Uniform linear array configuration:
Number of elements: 48
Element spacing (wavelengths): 0.5
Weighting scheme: exponential
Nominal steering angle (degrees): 60
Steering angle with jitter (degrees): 61.537
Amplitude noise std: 0.05
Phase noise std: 0.05

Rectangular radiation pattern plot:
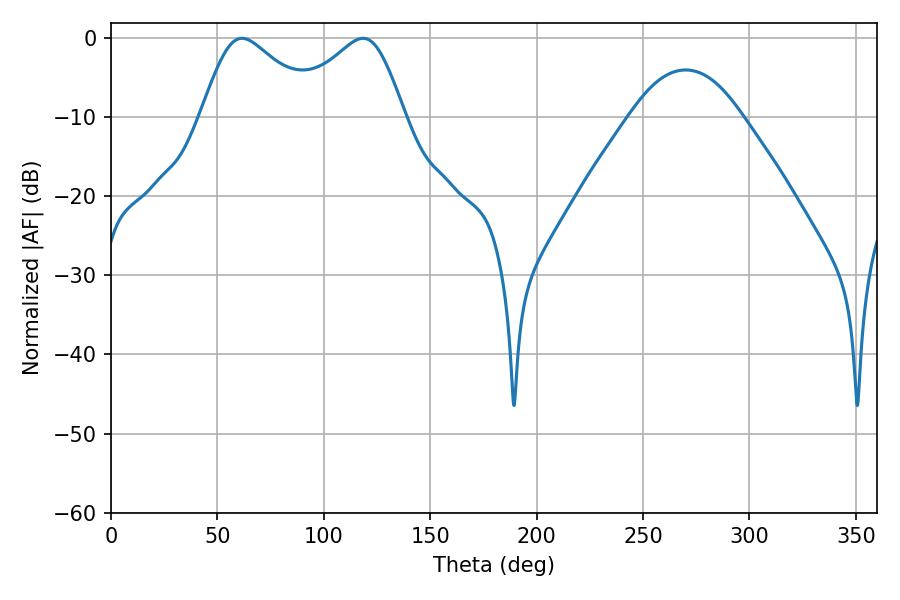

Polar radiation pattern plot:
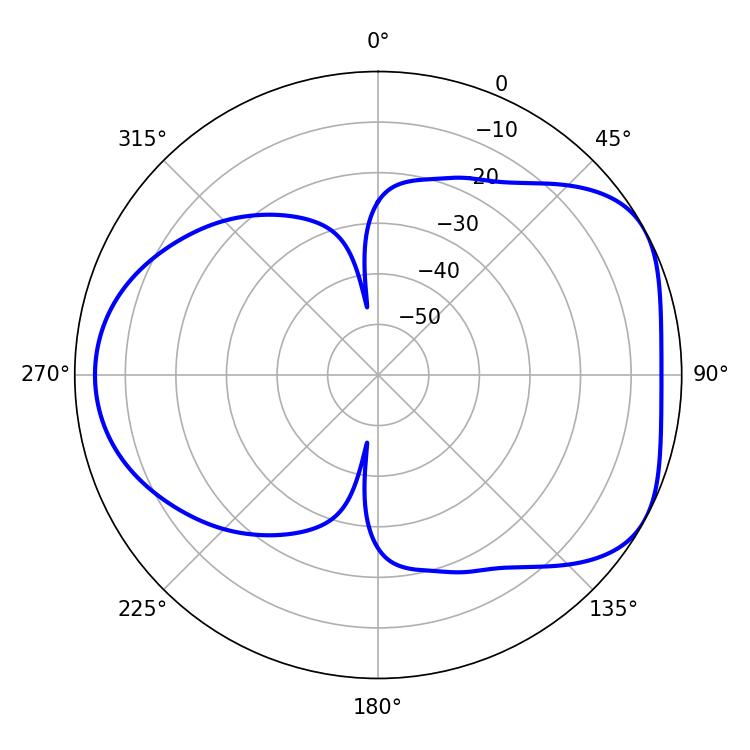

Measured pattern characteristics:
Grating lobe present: FALSE
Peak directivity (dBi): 4.944
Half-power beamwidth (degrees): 27.36
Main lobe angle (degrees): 61.56